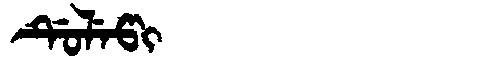
Manchu: ᡩᡠᠯᡝᡦᡳ
Romanization: DULEPI